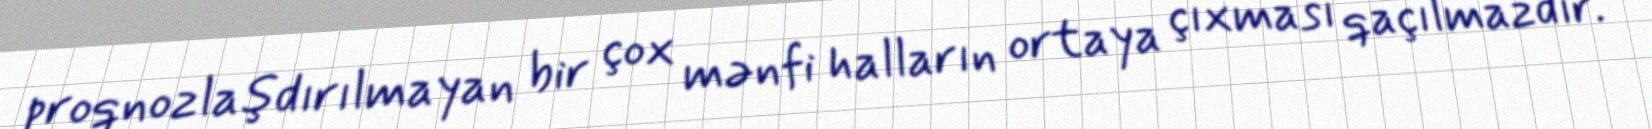
proqnozlaşdırılmayan bir çox mənfi halların ortaya çıxması qaçılmazdır.